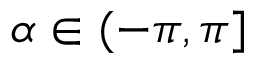
\alpha \in ( - \pi , \pi ]